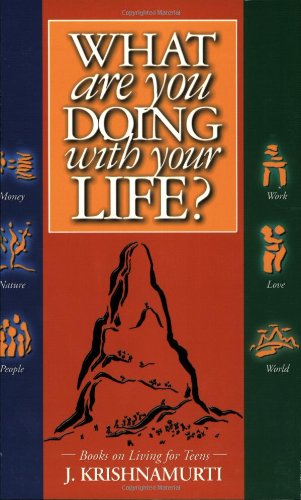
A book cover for What Are You Doing With Your Life?(Teen Books on Living); J. Krishnamurti; Teen & Young Adult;